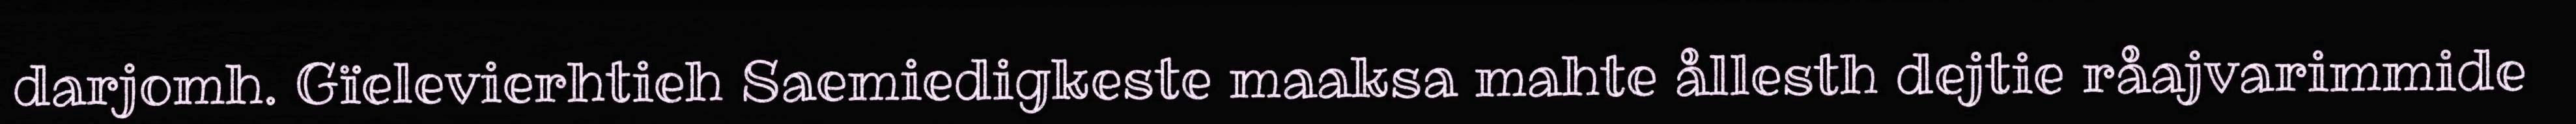
darjomh. Gïelevierhtieh Saemiedigkeste maaksa mahte ållesth dejtie råajvarimmide